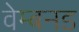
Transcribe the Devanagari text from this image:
वेम्बनड